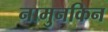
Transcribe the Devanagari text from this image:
नामुनकिन